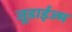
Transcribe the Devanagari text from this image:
जूडाईज्म